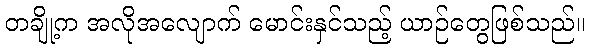
တချို့က အလိုအလျောက် မောင်းနှင်သည့် ယာဉ်တွေဖြစ်သည်။